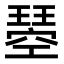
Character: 𭹸